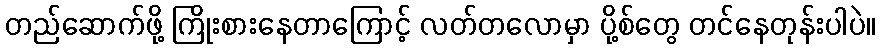
တည်ဆောက်ဖို့ ကြိုးစားနေတာကြောင့် လတ်တလောမှာ ပို့စ်တွေ တင်နေတုန်းပါပဲ။